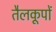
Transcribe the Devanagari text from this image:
तैलकूपों